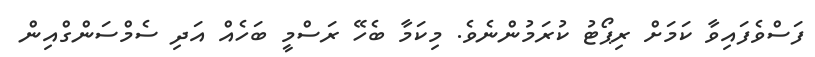
ފަސްވެފައިވާ ކަމަށް ރިޕޯޓު ކުރަމުންނެވެ. މިކަމާ ބެހޭ ރަސްމީ ބަހެއް އަދި ސެމްސަންގްއިން